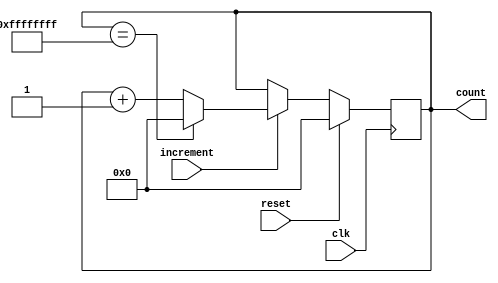
module Counter (
    input wire clk,
    input wire reset,
    input wire increment,
    output reg [31:0] count
);

always @ (posedge clk) begin
    if (reset) begin
        count <= 32'h0; // Initialize count register to zero
    end else if (increment) begin
        if (count == 32'hFFFFFFFF) begin
            count <= 32'h0; // Handle overflow condition
        end else begin
            count <= count + 1; // Increment count value
        end
    end
end

endmodule